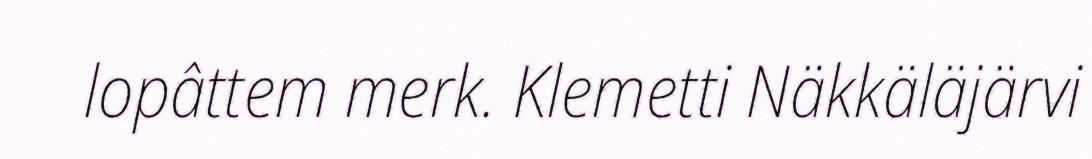
lopâttem merk. Klemetti Näkkäläjärvi